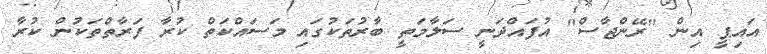
އައިޕީ އިން "ރޭންޖާސް" އުފައްދަނީ ސަލާމަތީ ބާރުތަކުގައި މަސައްކަތް ކުރާ ފަރާތްތަކުން ކުރާ